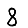
Digit: 8